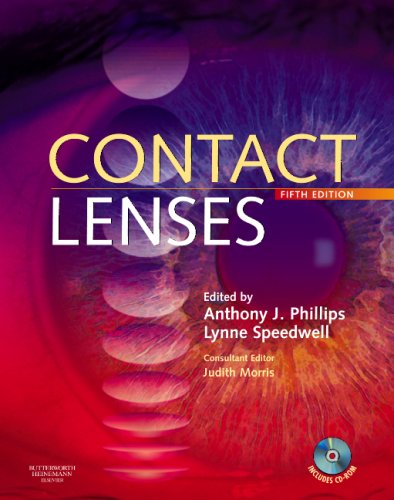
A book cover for Contact Lenses, 5e; Medical Books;